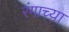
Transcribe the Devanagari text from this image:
रंगाच्य़ा